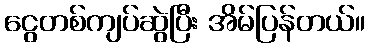
ငွေတစ်ကျပ်ဆွဲပြီး အိမ်ပြန်တယ်။